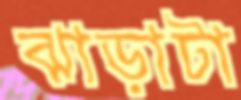
ঝাড়াটা